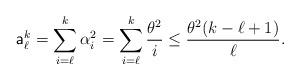
LaTeX: \begin{align*}\mathsf{a}_\ell^k=\sum_{i=\ell}^{k}\alpha_i^2 =\sum_{i=\ell}^k\frac{\theta^2}{i}\le \frac{\theta^2(k-\ell+1)}{\ell}.\end{align*}